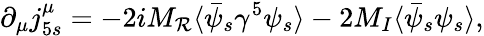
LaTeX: \partial_{\mu}j_{5s}^{\mu}=-2iM_{\mathcal{R}}\langle\bar{{\psi}}_{s}\gamma^{5}\psi_{s}\rangle-2M_{I}\langle\bar{{\psi}}_{s}\psi_{s}\rangle,